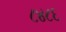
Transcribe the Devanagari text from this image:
८४८६